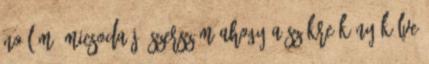
No lám, micsoda jó szerszám Ahogy a székre könyökölve